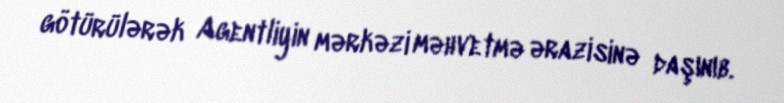
götürülərək Agentliyin mərkəzi məhvetmə ərazisinə daşınıb.